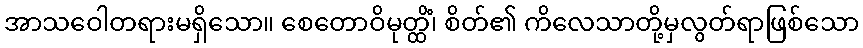
အာသဝေါတရားမရှိသော။ စေတောဝိမုတ္ထိံ၊ စိတ်၏ ကိလေသာတို့မှလွတ်ရာဖြစ်သော